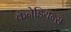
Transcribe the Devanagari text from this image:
कॅनेडियन्स